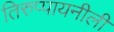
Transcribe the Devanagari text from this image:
तिरुप्पायनीली